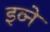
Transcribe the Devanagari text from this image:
इव्ने